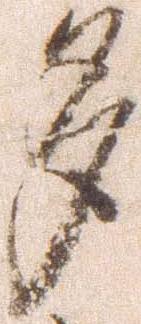
多